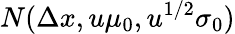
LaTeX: N(\Delta x,u\mu_{0},u^{1/2}\sigma_{0})